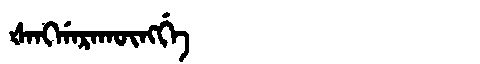
Manchu: ᡧᠠᠩᡤᠠᡵᠠᡴᡡᠩᡤᡝ
Romanization: ŠANGGARAKŪNGGE